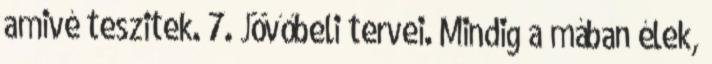
amivé teszitek. 7. Jövőbeli tervei. Mindig a mában élek,